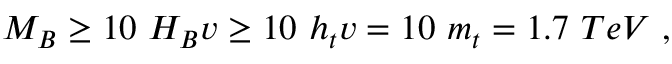
M _ { B } \geq 1 0 \ H _ { B } v \geq 1 0 \ h _ { t } v = 1 0 \ m _ { t } = 1 . 7 \ T e V \ ,